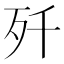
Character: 歼